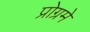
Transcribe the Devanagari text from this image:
प्रोग्रमे